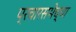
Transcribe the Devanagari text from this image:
प्रचारसभेच्या